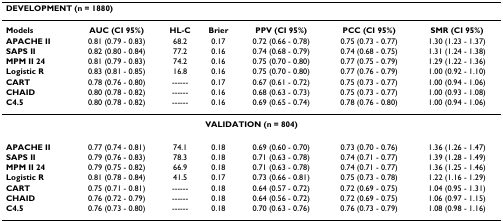
<table><thead><tr><td colspan="7"><b>DEVELOPMENT (n = 1880)</b></td></tr></thead><tbody><tr><td><b>Models</b></td><td><b>AUC (CI 95%)</b></td><td><b>HL-C</b></td><td><b>Brier</b></td><td><b>PPV (CI 95%)</b></td><td><b>PCC (CI 95%)</b></td><td><b>SMR (CI 95%)</b></td></tr><tr><td><b>APACHE II</b></td><td>0.81 (0.79 - 0.83)</td><td>68.2</td><td>0.17</td><td>0.72 (0.66 - 0.78)</td><td>0.75 (0.73 - 0.77)</td><td>1.30 (1.23 - 1.37)</td></tr><tr><td><b>SAPS II</b></td><td>0.82 (0.80 - 0.84)</td><td>77.2</td><td>0.16</td><td>0.74 (0.68 - 0.79)</td><td>0.74 (0.68 - 0.75)</td><td>1.31 (1.24 - 1.38)</td></tr><tr><td><b>MPM II 24</b></td><td>0.81 (0.79 - 0.83)</td><td>74.2</td><td>0.16</td><td>0.75 (0.70 - 0.80)</td><td>0.77 (0.75 - 0.79)</td><td>1.29 (1.22 - 1.36)</td></tr><tr><td><b>Logistic R</b></td><td>0.83 (0.81 - 0.85)</td><td>16.8</td><td>0.16</td><td>0.75 (0.70 - 0.80)</td><td>0.77 (0.76 - 0.79)</td><td>1.00 (0.92 - 1.10)</td></tr><tr><td><b>CART</b></td><td>0.78 (0.76 - 0.80)</td><td>------</td><td>0.17</td><td>0.67 (0.61 - 0.72)</td><td>0.75 (0.73 - 0.77)</td><td>1.00 (0.94 - 1.06)</td></tr><tr><td><b>CHAID</b></td><td>0.80 (0.78 - 0.82)</td><td>------</td><td>0.16</td><td>0.68 (0.63 - 0.73)</td><td>0.75 (0.73 - 0.77)</td><td>1.00 (0.93 - 1.08)</td></tr><tr><td><b>C4.5</b></td><td>0.80 (0.78 - 0.82)</td><td>------</td><td>0.16</td><td>0.69 (0.65 - 0.74)</td><td>0.78 (0.76 - 0.80)</td><td>1.00 (0.94 - 1.06)</td></tr><tr><td colspan="7"><b>VALIDATION (n = 804)</b></td></tr><tr><td><b>APACHE II</b></td><td>0.77 (0.74 - 0.81)</td><td>74.1</td><td>0.18</td><td>0.69 (0.60 - 0.70)</td><td>0.73 (0.70 - 0.76)</td><td>1.36 (1.26 - 1.47)</td></tr><tr><td><b>SAPS II</b></td><td>0.79 (0.76 - 0.83)</td><td>78.3</td><td>0.18</td><td>0.71 (0.63 - 0.78)</td><td>0.74 (0.71 - 0.77)</td><td>1.39 (1.28 - 1.49)</td></tr><tr><td><b>MPM II 24</b></td><td>0.79 (0.75 - 0.82)</td><td>66.9</td><td>0.18</td><td>0.71 (0.63 - 0.78)</td><td>0.74 (0.71 - 0.77)</td><td>1.36 (1.25 - 1.46)</td></tr><tr><td><b>Logistic R</b></td><td>0.81 (0.78 - 0.84)</td><td>41.5</td><td>0.17</td><td>0.73 (0.66 - 0.81)</td><td>0.75 (0.73 - 0.78)</td><td>1.22 (1.16 - 1.29)</td></tr><tr><td><b>CART</b></td><td>0.75 (0.71 - 0.81)</td><td>------</td><td>0.18</td><td>0.64 (0.57 - 0.72)</td><td>0.72 (0.69 - 0.75)</td><td>1.04 (0.95 - 1.31)</td></tr><tr><td><b>CHAID</b></td><td>0.76 (0.72 - 0.79)</td><td>------</td><td>0.18</td><td>0.64 (0.56 - 0.72)</td><td>0.72 (0.69 - 0.75)</td><td>1.06 (0.97 - 1.15)</td></tr><tr><td><b>C4.5</b></td><td>0.76 (0.73 - 0.80)</td><td>------</td><td>0.18</td><td>0.70 (0.63 - 0.76)</td><td>0.76 (0.73 - 0.79)</td><td>1.08 (0.98 - 1.16)</td></tr></tbody></table>